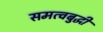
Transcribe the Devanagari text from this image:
समत्वबुद्धी